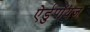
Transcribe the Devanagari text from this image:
ऐर्डुपॉयज़